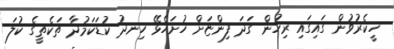
ހީކެރުވުން ގައިގައި ރިހުން ގަދަ ފިންޏަށް ހުށަހެޅޭ ހިނދު ކުޑަކަމުދާ ތަކެތީގެ ކުލަ